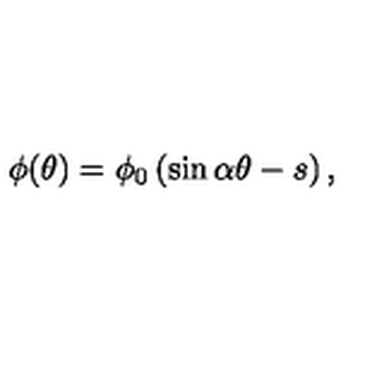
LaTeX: \phi ( \theta ) = \phi _ { 0 } \left( \sin \alpha \theta - s \right) ,